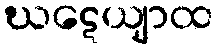
ဃဋေယျာထ